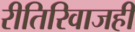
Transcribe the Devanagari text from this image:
रीतिरिवाजही